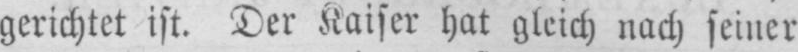
gerichtet ist. Der Kaiser hat gleich nach seiner